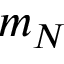
m _ { N }